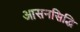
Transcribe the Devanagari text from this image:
आसनसिद्धि